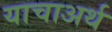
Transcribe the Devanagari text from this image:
याचाअर्थ